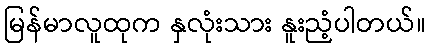
မြန်မာလူထုက နှလုံးသား နူးညံ့ပါတယ်။